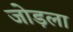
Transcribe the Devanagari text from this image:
जोड़ला